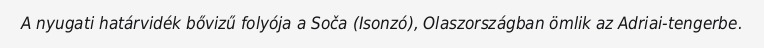
A nyugati határvidék bővizű folyója a Soča (Isonzó), Olaszországban ömlik az Adriai-tengerbe.